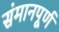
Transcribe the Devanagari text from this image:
संमानपूर्ण